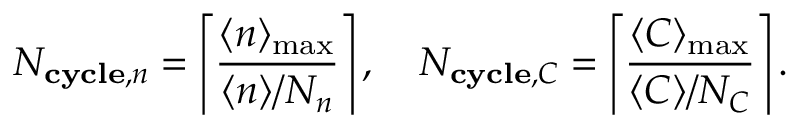
N _ { \mathbf { c y c l e } , n } = \left\lceil \frac { \langle n \rangle _ { \mathrm { m a x } } } { \langle n \rangle / N _ { n } } \right\rceil , \quad N _ { \mathbf { c y c l e } , C } = \left\lceil \frac { \langle C \rangle _ { \mathrm { m a x } } } { \langle C \rangle / N _ { C } } \right\rceil .